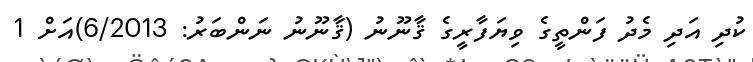
ކުދި އަދި މެދު ފަންތީގެ ވިޔަފާރީގެ ޤާނޫނު (ޤާނޫނު ނަންބަރު: 6/2013)އަށް 1